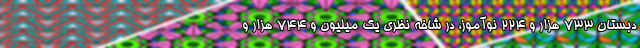
دبستان ۷۳۳ هزار و ۲۲۴ نوآموز، در شاخه نظری یک میلیون و ۷۴۴ هزار و